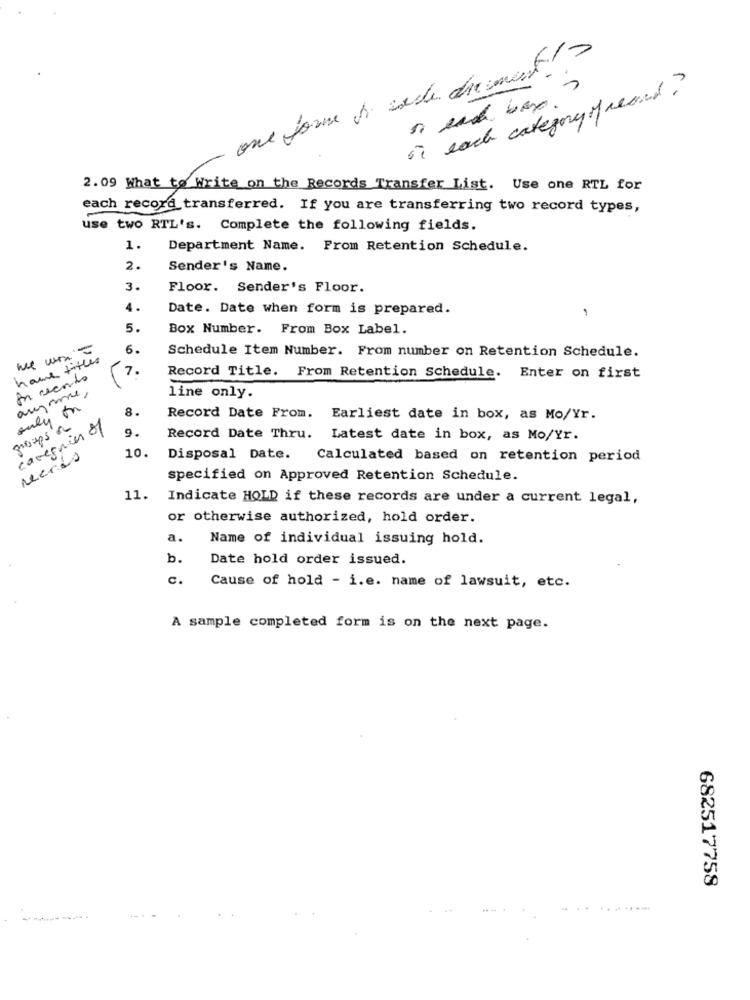
one forme br inde diement>
on each category of reand?
2.09 What to Write on the Records Transfer List. Use one RTL for
each record transferred. If you are transferring two record types,
use two RTL's. Complete the following fields.
1.
Department Name. From Retention Schedule.
2.
Sender's Name.
3.
Floor. Sender's Floor.
4.
Date. Date when form is prepared.
1
5.
Box Number. From Box Label.
---
6.
hame titles
Schedule Item Number. From number on Retention Schedule.
7.
En cecorto
Record Title. From Retention Schedule. Enter on first
aregame,
line only.
only on
8.
Record Date From. Earliest date in box, as Mo/Yr.
groups a
caregnier of
9.
Record Date Thru. Latest date in box, as Mo/Yr.
10.
Meeres
Disposal Date.
Calculated based on retention period
specified on Approved Retention Schedule.
11.
Indicate HOLD if these records are under a current legal,
or otherwise authorized, hold order.
a.
Name of individual issuing hold.
b.
Date hold order issued.
c.
Cause of hold - i.e. name of lawsuit, etc.
A sample completed form is on the next page.
682517758
...........